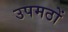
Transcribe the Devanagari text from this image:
उपमठों